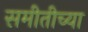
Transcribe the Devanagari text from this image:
समीतीच्या